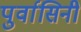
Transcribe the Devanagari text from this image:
पुर्वासिनी